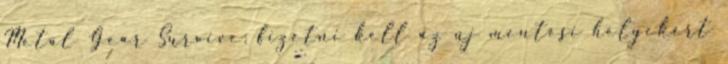
Metal Gear Survive: fizetni kell az új mentési helyekért